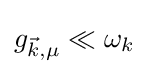
g_{{\vec {k}},\mu }\ll \omega _{k}